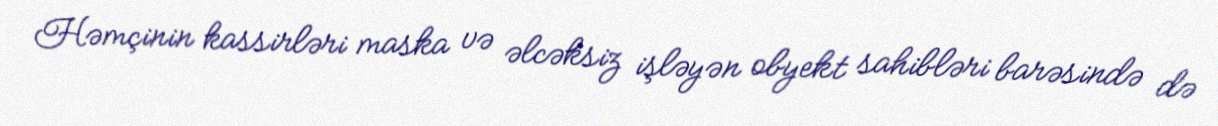
Həmçinin kassirləri maska və əlcəksiz işləyən obyekt sahibləri barəsində də